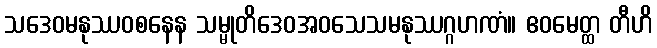
သဒေဝမနုဿဝစနေန သမ္မုတိဒေဝအဝသေသမနုဿဂ္ဂဟဏံ။ ဧဝမေတ္ထ တီဟိ